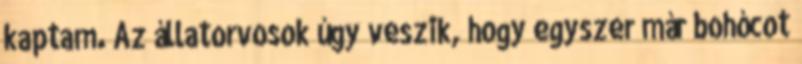
kaptam. Az állatorvosok úgy veszik, hogy egyszer már bohócot